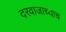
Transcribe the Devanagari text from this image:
दरवाजाच्याच